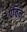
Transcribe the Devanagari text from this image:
पर्विन